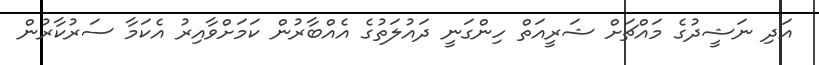
އަދި ނަޝީދުގެ މައްޗަށް ޝަރީއަތް ހިންގަނީ ދައުލަތުގެ އެއްބާރުން ކަމަށްވާއިރު އެކަމާ ސަރުކާރުން